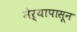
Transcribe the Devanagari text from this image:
नेऱ्यापासून